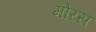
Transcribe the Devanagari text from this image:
मोरस